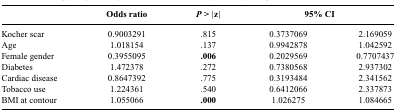
|  | Odds ratio | P > |z| | 95% CI |
 | --- | --- | --- | --- |
 | Kocher scar | 0.9003291 | .815 | 0.3737069 | 2.169059 |
 | Age | 1.018154 | .137 | 0.9942878 | 1.042592 |
 | Female gender | 0.3955095 | .006 | 0.2029569 | 0.7707437 |
 | Diabetes | 1.472378 | .272 | 0.7380568 | 2.937302 |
 | Cardiac disease | 0.8647392 | .775 | 0.3193484 | 2.341562 |
 | Tobacco use | 1.224361 | .540 | 0.6412066 | 2.337873 |
 | BMI at contour | 1.055066 | .000 | 1.026275 | 1.084665 |